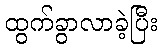
ထွက်ခွာလာခဲ့ပြီး